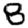
Digit: 8